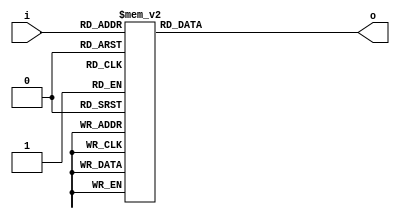
module seven_segment (
input [3:0]i,
output reg [6:0]o
);


// HEX out - rewire DE2
//  ---a---
// |       |
// f       b
// |       |
//  ---g---
// |       |
// e       c
// |       |
//  ---d---

always @(*)
begin
	case (i)	    // abcdefg

			4'd0: o = 7'b0000001;
			4'd1: o = 7'b1001111;
			4'd2: o = 7'b0010010;
			4'd3: o = 7'b0000110;
			4'd4: o = 7'b1001100;
			4'd5: o = 7'b0100100;
			4'd6: o = 7'b0100000;
			4'd7: o = 7'b0001111;
			4'd8: o = 7'b0000000;
			4'd9: o = 7'b0001100;
			4'd10: o = 7'b0001000;
			4'd11: o = 7'b1100000;
			4'd12: o = 7'b0110001;
			4'd13: o = 7'b1000010;
			4'd14: o = 7'b0110000;
			4'd15: o = 7'b0111000;
			default: o = 7'b0000000;
	endcase
	
end

endmodule